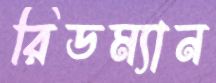
রিডম্যান